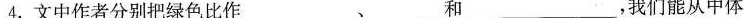
4.文中作者分别把绿色比作___ (3个_)、___ (3个_)和___ (3个_)，我们能从中体